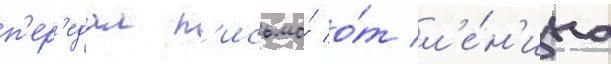
п'ер'едал п'исьмо́ о́т л'е́н'ина